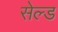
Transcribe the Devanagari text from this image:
सेल्ड